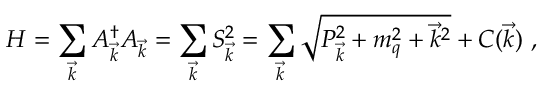
H = \sum _ { \vec { k } } A _ { \vec { k } } ^ { \dagger } A _ { \vec { k } } = \sum _ { \vec { k } } S _ { \vec { k } } ^ { 2 } = \sum _ { \vec { k } } \sqrt { P _ { \vec { k } } ^ { 2 } + m _ { q } ^ { 2 } + { \vec { k } } ^ { 2 } } + C ( \vec { k } ) \, \, ,